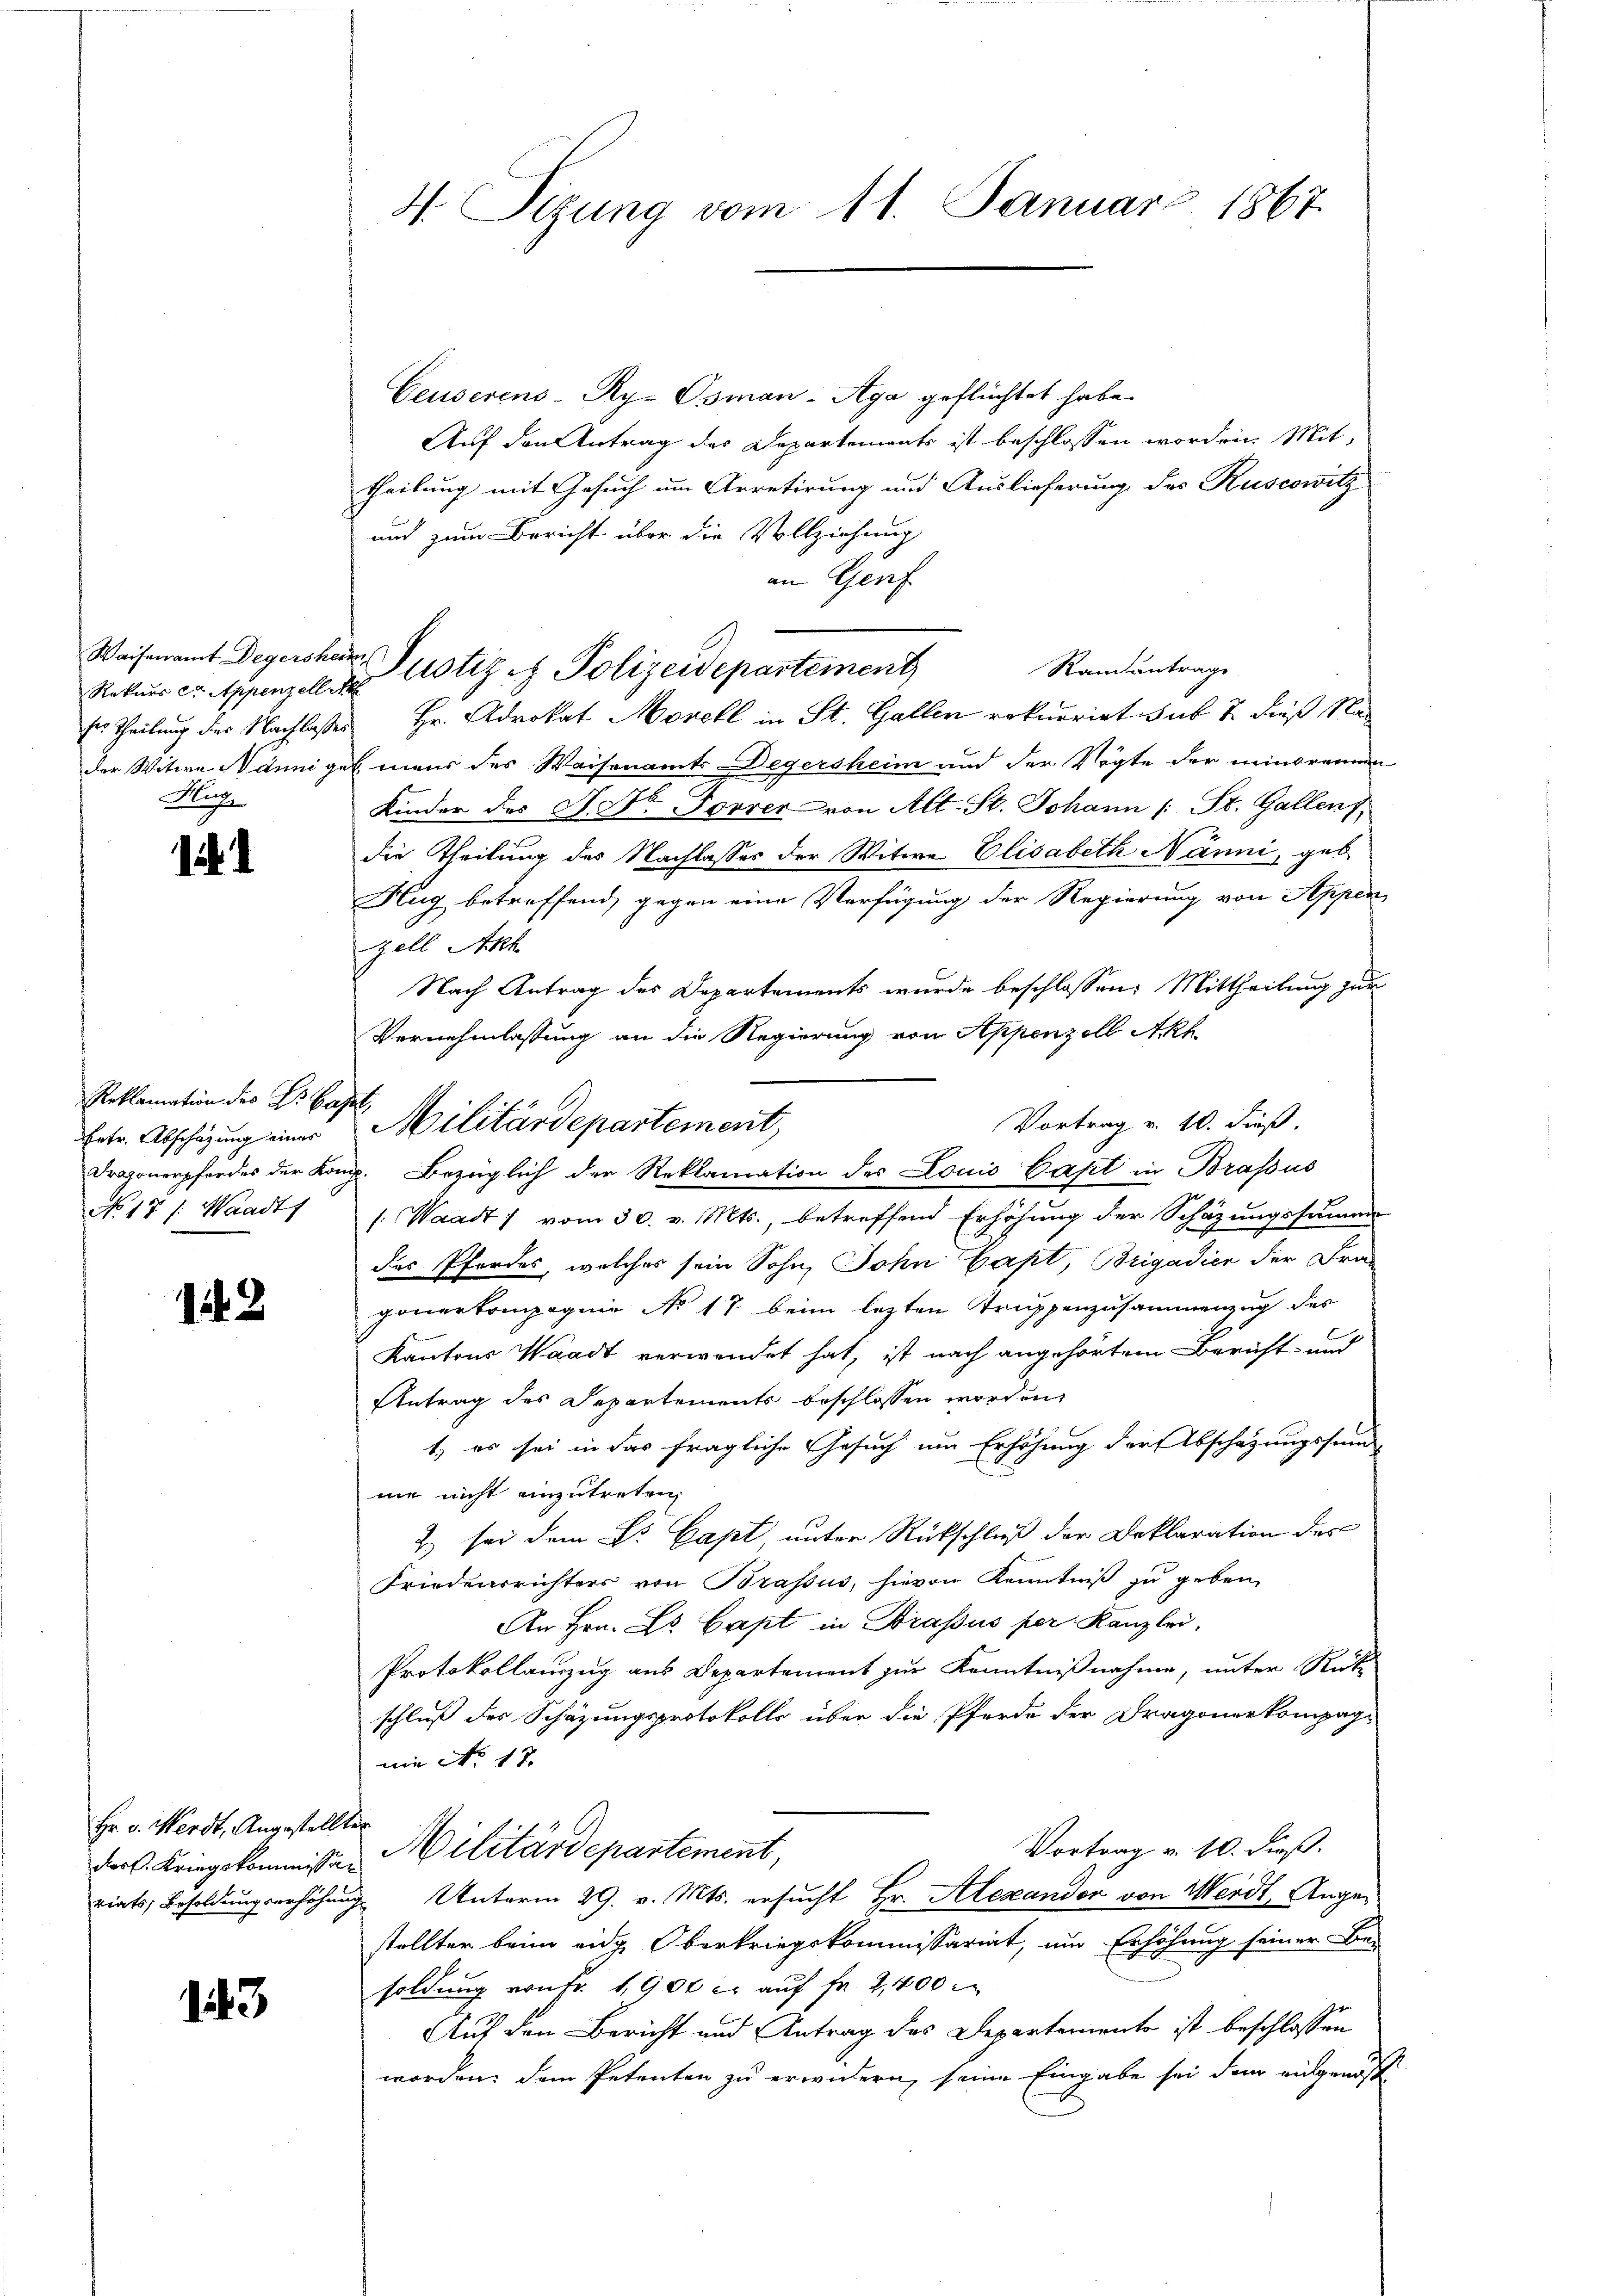
Rekurs er Appenzell ih
Aug

.

Reklamation des Dr. Basel,
No. 17 /: Waadt

122

Ceuserens-Ry- Osman-Aga geflüchtet habe.
Auf den Antrag des Departements ist beschlossen worden. Mit
theilung mit Gesuch um Arretirung und Auslieferung des Ruscowitz
und zum Bericht über die Vollziehung
an Genf
Randantrage
ses Theilung der Nachlasses Hr. Advokat Morell in St. Gallen rekurrirt sub 7. dieß Nader Witwe Nännigel mans des Waisenamts-Degersheim und der Vögte der minorennen
Kinder des H. Dr Forrer von Alt. St. Johann (: St. Gallen,
die Theilung des Nachlasses der Witwe Elisabeth Nänni, geb
Hug betreffend, gegen eine Verfügung der Regierung von Appen
zell Akh
Nach Antrag des Departements wurde beschlossen: Mittheilung zur
Vernehmlassung an die Regierung von Appenzell Akt
Vortrag v. 10. dieß.
Dragonerpfordes der Kong. Bezüglich der Reklamation des Louis Capt in Brassus
/: Waadt) vom 30. v. Mts., betreffend Erhöhung der Schäzungssumm
des Pferdes, welches sein Sohn, John Capt, Brigadien der Fran
gonerkompagnie No 17 beim lezten Trippenzusammenzug des
Kantons Waadt verwendet hat, ist nach angehörtem Bericht und
Antrag des Departements beschlossen worden,
1) es sei in das fragliche Gesuch um Erhöhung der Abschazungssum
me nicht einzutreten,
2) sei dem Dr. Capt unter Rückschluß der Deklaration des
Friedensrichters von Brassus, hievon Kenntniß zu geben,
An Hrn. L. Capt in Drassus per Kanzlei,
Protokollauszug aus Departement zur Kenntnißnahme, unter Rück-
schluß des Schazungsprotokolls über die Pferde der Dragonerkompag-
Die No 17.
Vortrag v. 10. dieß.
der Kriegskommission Militärdepartement,
riats, Besoldungsverhöhung Unterm 29. v. Mts. ersucht Hr. Alexanden von Werdt, Angestellter beim eidg. Oberkriegskommissariat, um Erhöhung seiner Bei
soldung von Fr. 1900 c. aŭf fr. 2,400
Auf den Bericht und Antrag des Departemente ist beschlossen
worden; dem Petenten zu erwidern, seine Eingabe sei den eingenosse

Hr. v. Werdt, Angestellten

143.

4. Sitzung vom 11. Januar 1867

Waisenamt Degersher Justiz & Polizeidepartement

Ertr. Abschazung nur Militärdepartement,